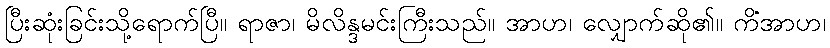
ပြီးဆုံးခြင်းသို့ရောက်ပြီ။ ရာဇာ၊ မိလိန္ဒမင်းကြီးသည်။ အာဟ၊ လျှောက်ဆို၏။ ကိံအာဟ၊